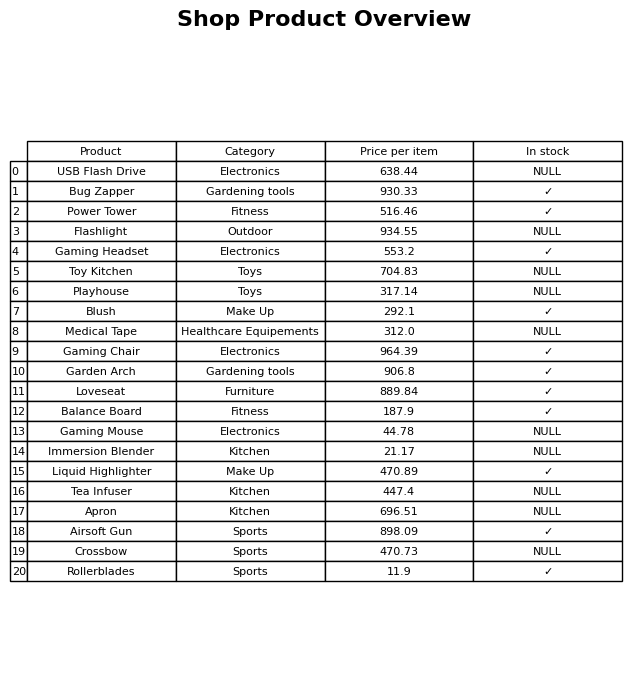
question: What is the price of the Loveseat?
answer: The price of Loveseat is 889.84.